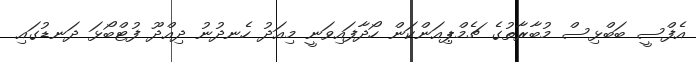
އެފްސީ ބަބްޅިސް މުބާރާތުގެ ޗެމްޕިއަންކަން ހޯދާފައިވަނީ މިއަދު ހެނދުނު ދިއްދޫ ފުޓްބޯޅަ ދަނޑުގައި